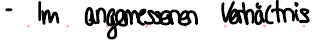
- Im angemessenen Verhältnis